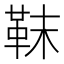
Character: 靺